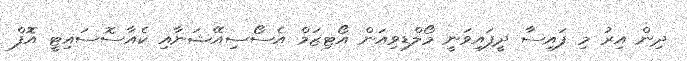
ދިން އިރު މި ފައިސާ ދީފައިވަނީ މޯލްޑިވިއަން އޯޓިޒަމް އެސޯސިއޭޝަނާއި ކެއާސޮސައިޓީ އޮފް